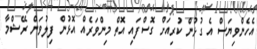
އެހެންވިޔަސް އެ ގުޅުން ކުރިއަށް ގޮސްފައި އޮތް މިންވަރެއް އޮޅުން ފިލުވަން ރޭޝްމާ